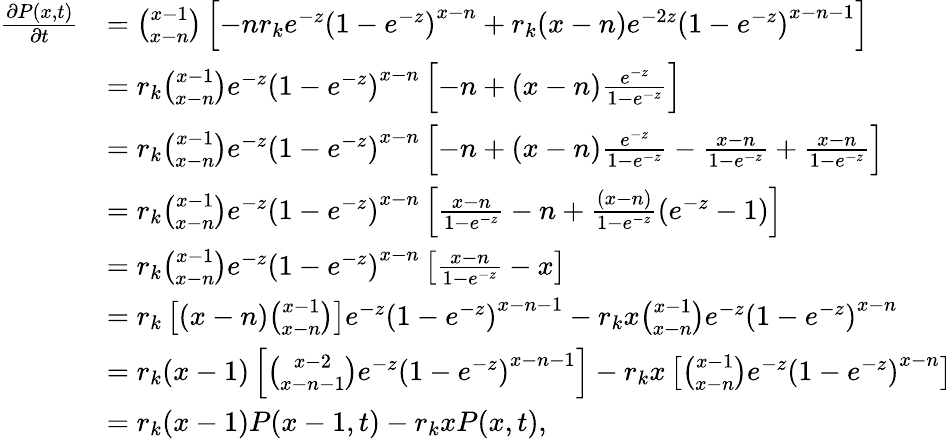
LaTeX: \begin{array}{rl}{\frac{\partial P(x,t)}{\partial t}}&{=\binom{x-1}{x-n}\left[-nr_{k}e^{-z}\left(1-e^{-z}\right)^{x-n}+r_{k}(x-n)e^{-2z}\left(1-e^{-z}\right)^{x-n-1}\right]}\\ &{=r_{k}\binom{x-1}{x-n}e^{-z}\left(1-e^{-z}\right)^{x-n}\left[-n+(x-n)\frac{e^{-z}}{1-e^{-z}}\right]}\\ &{=r_{k}\binom{x-1}{x-n}e^{-z}\left(1-e^{-z}\right)^{x-n}\left[-n+(x-n)\frac{e^{-z}}{1-e^{-z}}-\frac{x-n}{1-e^{-z}}+\frac{x-n}{1-e^{-z}}\right]}\\ &{=r_{k}\binom{x-1}{x-n}e^{-z}\left(1-e^{-z}\right)^{x-n}\left[\frac{x-n}{1-e^{-z}}-n+\frac{(x-n)}{1-e^{-z}}\left(e^{-z}-1\right)\right]}\\ &{=r_{k}\binom{x-1}{x-n}e^{-z}\left(1-e^{-z}\right)^{x-n}\left[\frac{x-n}{1-e^{-z}}-x\right]}\\ &{=r_{k}\left[(x-n)\binom{x-1}{x-n}\right]e^{-z}\left(1-e^{-z}\right)^{x-n-1}-r_{k}x\binom{x-1}{x-n}e^{-z}\left(1-e^{-z}\right)^{x-n}}\\ &{=r_{k}(x-1)\left[\binom{x-2}{x-n-1}e^{-z}\left(1-e^{-z}\right)^{x-n-1}\right]-r_{k}x\left[\binom{x-1}{x-n}e^{-z}\left(1-e^{-z}\right)^{x-n}\right]}\\ &{=r_{k}(x-1)P(x-1,t)-r_{k}xP(x,t),}\end{array}